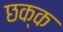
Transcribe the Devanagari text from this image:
छक्क